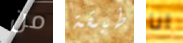
من طبقة انا